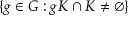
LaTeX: \{ g \in G : g K \cap K \neq \emptyset \}